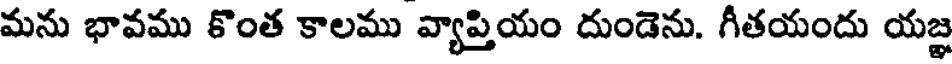
మను భావము కొంత కాలము వ్యాప్తియం దుండెను. గీతయందు యజ్ఞ